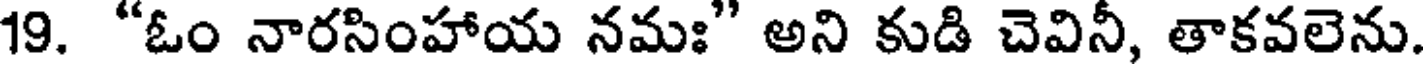
19. "ఓం నారసింహాయ నమః" అని కుడి చెవినీ, తాకవలెను.